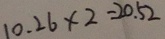
1 0 . 2 6 \times 2 = 2 0 . 5 2